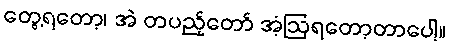
တွေ့ရတော့၊ အဲ တပည့်တော် အံ့ဩရတော့တာပေါ့။